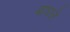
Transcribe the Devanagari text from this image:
बाधले